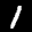
Label: 1